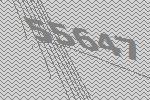
55647